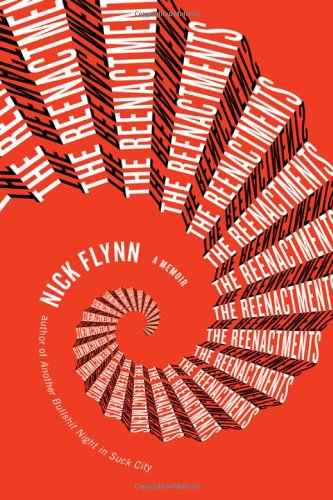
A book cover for The Reenactments: A Memoir; Nick Flynn; Humor & Entertainment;